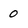
Character: 0